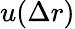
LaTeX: u(\Delta r)